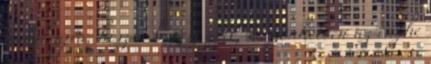
indul újra, hiszen le sem állt, köszönhetően az enyhe